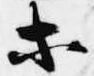
等